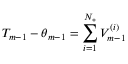
T _ { m - 1 } - \theta _ { m - 1 } = \sum _ { i = 1 } ^ { { N _ { * } } } V _ { m - 1 } ^ { ( i ) }